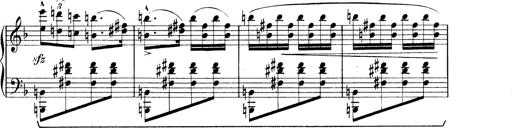
Title: Rapsodie: 19 ungheresi, 1 spagnuola
Composer: Franz Liszt